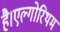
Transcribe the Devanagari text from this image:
है।एल्गोरिथम